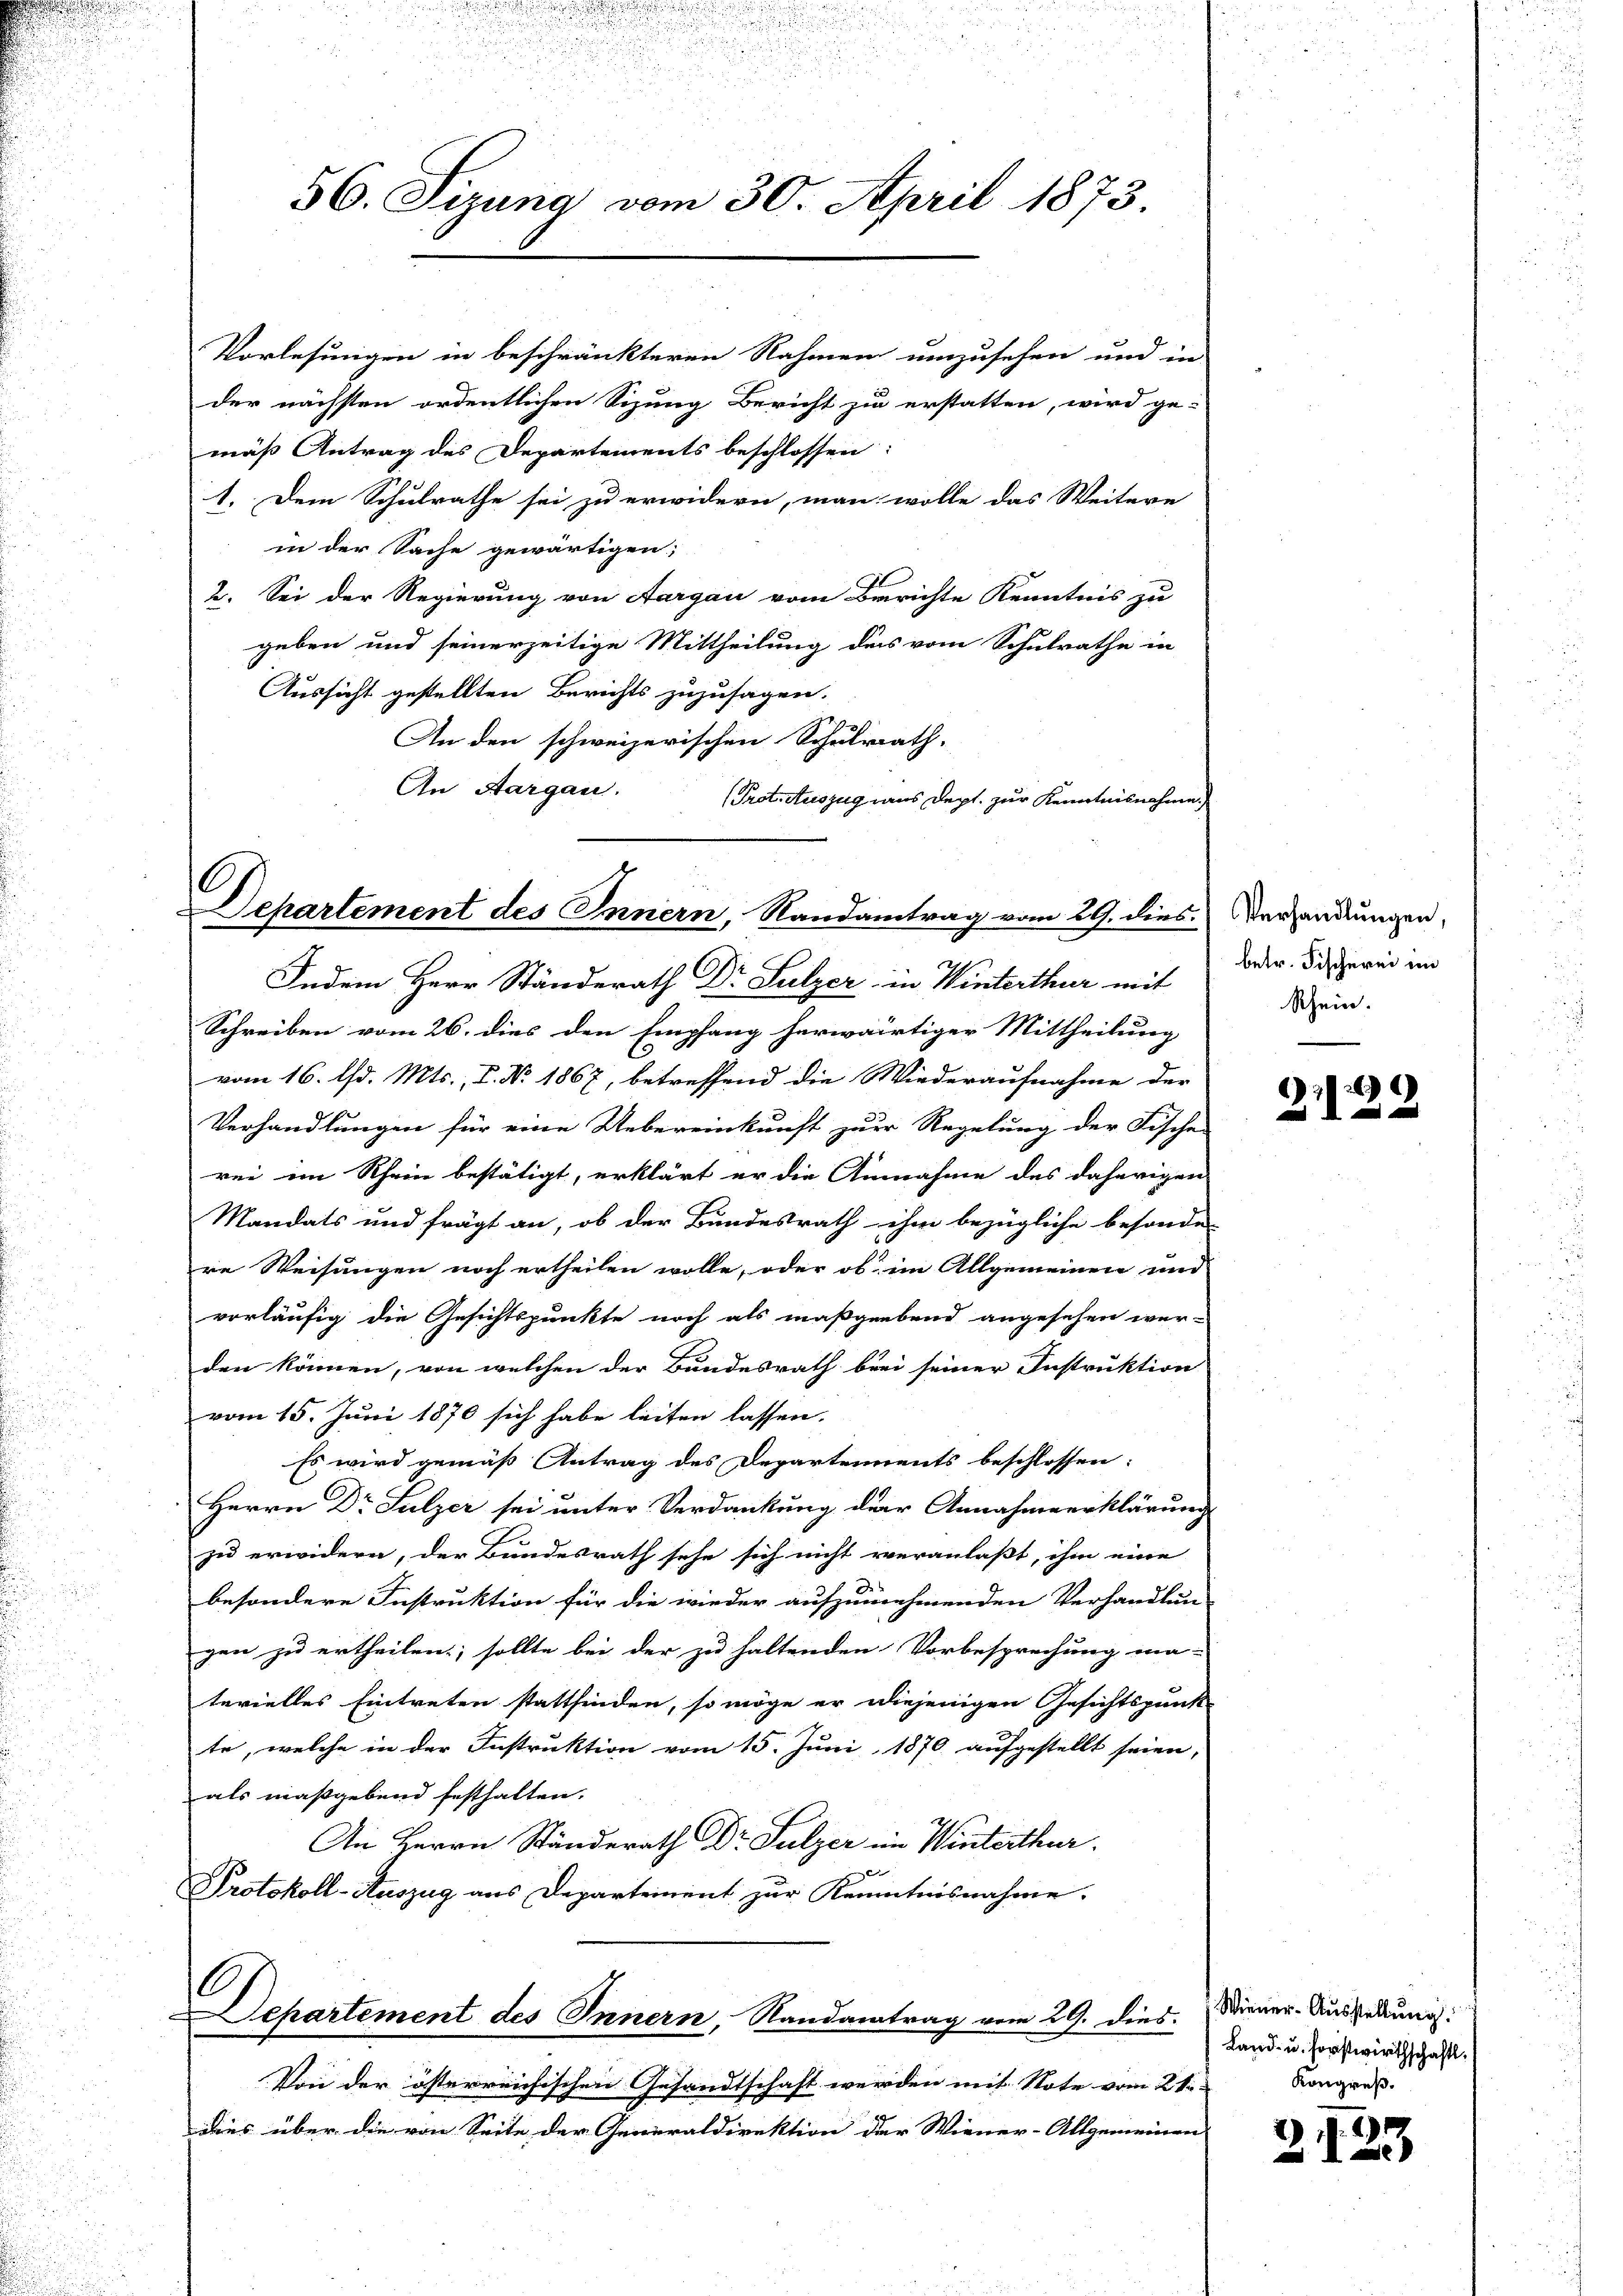
Vorlesungen in beschränkteren Nahmen umzusehen und in
der nächsten ordentlichen Sizung Bericht zu erstatten, wird ge-
mäß Antrag des Departements beschlossen:
1. Dem Schulrathe sei zu erwidern, man wolle das Weitere
in der Sache gewärtigen;
2. Sei der Regierung von Aargau vom Berichte Kenntnis zu
geben und seinerzeitige Mittheilung des vom Schulrathe in
Aussicht gestellten Berichts zuzusagen.
An den schweizerischen Schulrath.
An Aargau.
Protoauszug aus Dept. zur Kenntnisnahme

56. Sizung vom 30. April 1873.

Dehartement des Innern, Randantrag vom 29. dies Verhandlungen,

Indem Herr Standerath Dr Sulzer in Winterthur mit
Schreiben vom 26. dies den Empfang herwärtiger Mittheilung
vom 16. d. Mts., P. Nr. 1867, betreffend die Wiederaufnahme der
Verhandlungen für eine Uebereinkunft zur Regelung der Fische
rei im Rhein bestätigt, erklärt er die Annahme des daherigen
Mandats und frägt an, ob der Bundesrath ihm bezügliche besonder
re Weisungen noch ertheilen wolle, oder ob im Allgemeinen und
vorläufig die Gesichtspunkte noch als maßgebend angesehen wer-
den können, von welchen der Bundesrath bei seiner Instruktion
vom 15. Juni 1870 sich habe leiten lassen.
Es wird gemäß Antrag des Departements beschlossen:
Herrn Dr Sulzer sei unter Verdankung der Annahmeerklärung
zu erwidern, der Bundesrath sehe sich nicht veranlaßt, ihm eine
besondere Instruktion für die wieder aufzunehmenden Verhandlun-
gen zu ertheilen; sollte bei der zu haltenden Vorbesprechung ma-
terielles Eintreten stattfinden, so möge er diejenigen Gesichtspunkt
te, welche in der Instruktion vom 15. Juni 1870 aufgestellt seien,
als maßgebend festhalten.
An Herrn Ständerath DDr. Sulzer im Winterthur.
x
Protokoll-Auszug aus Departement zur Kenntnisnahme.
6.
Separtement des Innern, Randantrag vom 29. dies
Von der österreichischen Gesandtschaft werden mit Note vom 21.
dies über die von Seite der Generaldirektion der Wiener-Allgemeinen

betr. Fischerei im
Rhein.

26
1
A

Wiener-Ausstellung
Land- u. Forstwirthschaftl.
Kongreß.

2

2
e